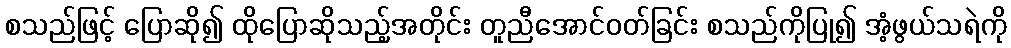
စသည်ဖြင့် ပြောဆို၍ ထိုပြောဆိုသည့်အတိုင်း တူညီအောင်ဝတ်ခြင်း စသည်ကိုပြု၍ အံ့ဖွယ်သရဲကို